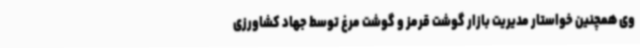
وی همچنین خواستار مدیریت بازار گوشت قرمز و گوشت مرغ توسط جهاد کشاورزی